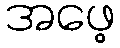
အဖေ့